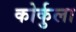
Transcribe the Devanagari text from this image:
कोर्कुला